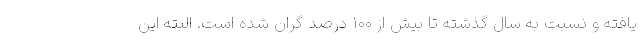
یافته و نسبت به سال گذشته تا بیش از ۱۰۰ درصد گران شده است. البته این